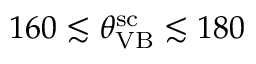
1 6 0 \lesssim { \theta } _ { \mathrm { V B } } ^ { \mathrm { s c } } \lesssim 1 8 0